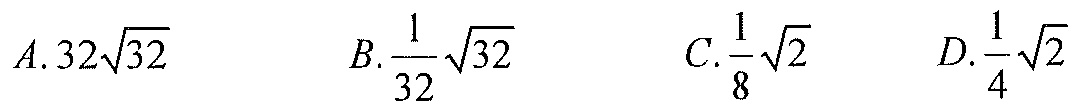
\(A.32\sqrt{32}\)  \(B.\frac{1}{32}\sqrt{32}\)  \(C.\frac{1}{8}\sqrt{2}\)  \(D.\frac{1}{4}\sqrt{2}\)